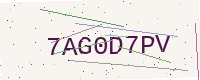
Text: 7AG0D7PV